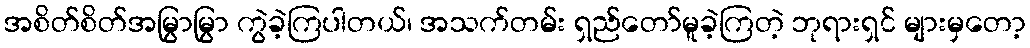
အစိတ်စိတ်အမြွာမြွာ ကွဲခဲ့ကြပါတယ်၊ အသက်တမ်း ရှည်တော်မူခဲ့ကြတဲ့ ဘုရားရှင် များမှတော့